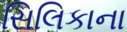
સિલિકાના